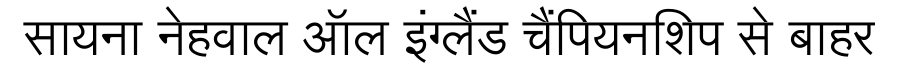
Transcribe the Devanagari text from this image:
सायना नेहवाल ऑल इंग्लैंड चैंपियनशिप से बाहर